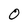
Character: O